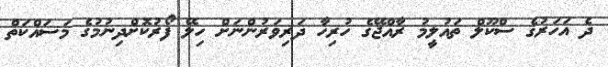
ދެ އަހަރުގެ ސްކޫލް ތައުލީމު ރާއްޖޭގެ ހުރިހާ ދަރިވަރުންނަށް ހިލޭ ފޯރުކޮށްދިނުމުގެ މަސައްކަތް